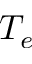
T _ { e }